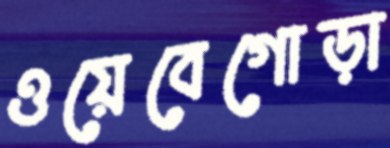
ওয়েবেগোড়া